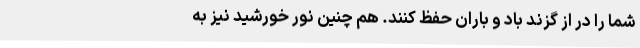
شما را در از گزند باد و باران حفظ کنند. هم چنین نور خورشید نیز به